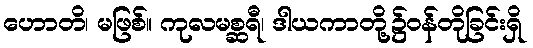
ဟောတိ၊ မဖြစ်။ ကုလမစ္ဆရီ၊ ဒါယကာတို့၌ဝန်တိုခြင်းရှိ